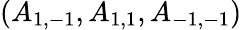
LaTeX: (A_{1,-1},A_{1,1},A_{-1,-1})